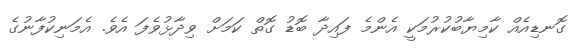
ގޮނޑިއެއް ކާމިޔާބުކުރުމަކީ އެންމެ ފައިދާ ބޮޑު ގޮތް ކަމަށް ވިދާޅުވެފަ އެވެ. އެމަނިކުފާނުގެ